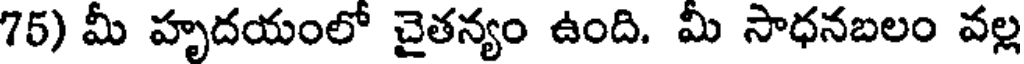
75) మీ హృదయంలో చైతన్యం ఉంది. మీ సాధనబలం వల్ల